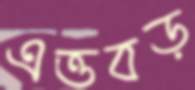
এত্তবড়